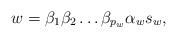
LaTeX: \begin{align*}w=\beta _1\beta _2\dots\beta _{p_w}\alpha _ws_w,\end{align*}